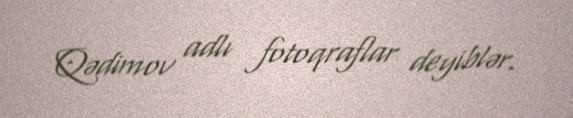
Qədimov adlı fotoqraflar deyiblər.